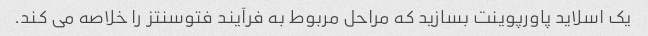
یک اسلاید پاورپوینت بسازید که مراحل مربوط به فرآیند فتوسنتز را خلاصه می کند.